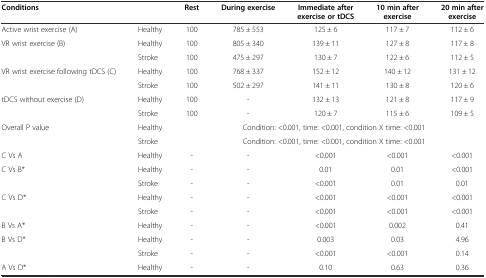
| <COLSPAN=2> Conditions | Rest | During exercise | Immediate after exercise or tDCS | 10 min after exercise | 20 min after exercise |
 | --- | --- | --- | --- | --- | --- | --- |
 | Active wrist exercise (A) | Healthy | 100 | 785 ± 553 | 125 ± 6 | 117 ± 7 | 112 ± 6 |
 | <ROWSPAN=2> VR wrist exercise (B) | Healthy | 100 | 805 ± 340 | 139 ± 11 | 127 ± 8 | 117 ± 8 |
 | Stroke | 100 | 475 ± 297 | 130 ± 7 | 122 ± 6 | 112 ± 5 |
 | <ROWSPAN=2> VR wrist exercise following tDCS (C) | Healthy | 100 | 768 ± 337 | 152 ± 12 | 140 ± 12 | 131 ± 12 |
 | Stroke | 100 | 502 ± 297 | 141 ± 11 | 130 ± 8 | 120 ± 6 |
 | <ROWSPAN=2> tDCS without exercise (D) | Healthy | 100 | - | 132 ± 13 | 121 ± 8 | 117 ± 9 |
 | Stroke | 100 | - | 120 ± 7 | 115 ± 6 | 109 ± 5 |
 | Overall P value | Healthy | <COLSPAN=5> Condition: <0.001, time: <0.001, condition X time: <0.001 |
 |  | Stroke | <COLSPAN=5> Condition: <0.001, time: <0.001, condition X time: <0.001 |
 | C Vs A | Healthy | - | - | <0.001 | <0.001 | <0.001 |
 | <ROWSPAN=2> C Vs B* | Healthy | - | - | 0.01 | 0.01 | <0.001 |
 | Stroke | - | - | <0.001 | 0.01 | 0.01 |
 | <ROWSPAN=2> C Vs D* | Healthy | - | - | <0.001 | <0.001 | <0.001 |
 | Stroke | - | - | <0.001 | <0.001 | <0.001 |
 | B Vs A* | Healthy | - | - | <0.001 | 0.002 | 0.41 |
 | <ROWSPAN=2> B Vs D* | Healthy | - | - | 0.003 | 0.03 | 4.96 |
 | Stroke | - | - | <0.001 | <0.001 | 0.14 |
 | A Vs D* | Healthy | - | - | 0.10 | 0.63 | 0.36 |